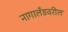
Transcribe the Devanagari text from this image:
नागालँडवरील